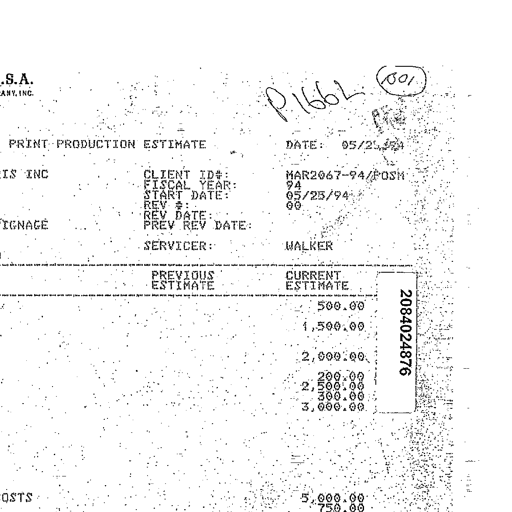
.S.A.
ANY, INC.
P166L 301
PRINT PRODUCTION ESTIMATE DATE: 05/25/94
IS INC CLIENT ID#: MAR2067-94/POSM
FISCAL YEAR: 94
START DATE: 05/25/94
REV #: 00
REV DATE:
IGNAGE PREV REV DATE:
SERVICER: WALKER
PREVIOUS ESTIMATE CURRENT ESTIMATE
500.00 2084024876
1,500.00
2,000.00
200.00
2,500.00
300.00
3,000.00
OSTS 5,000.00
750.00